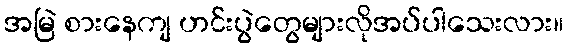
အမြဲ စားနေကျ ဟင်းပွဲတွေများလိုအပ်ပါသေးလား။